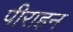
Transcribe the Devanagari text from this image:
पीराहन